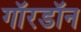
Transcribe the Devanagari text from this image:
गॉरडॉन